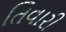
તિવારી